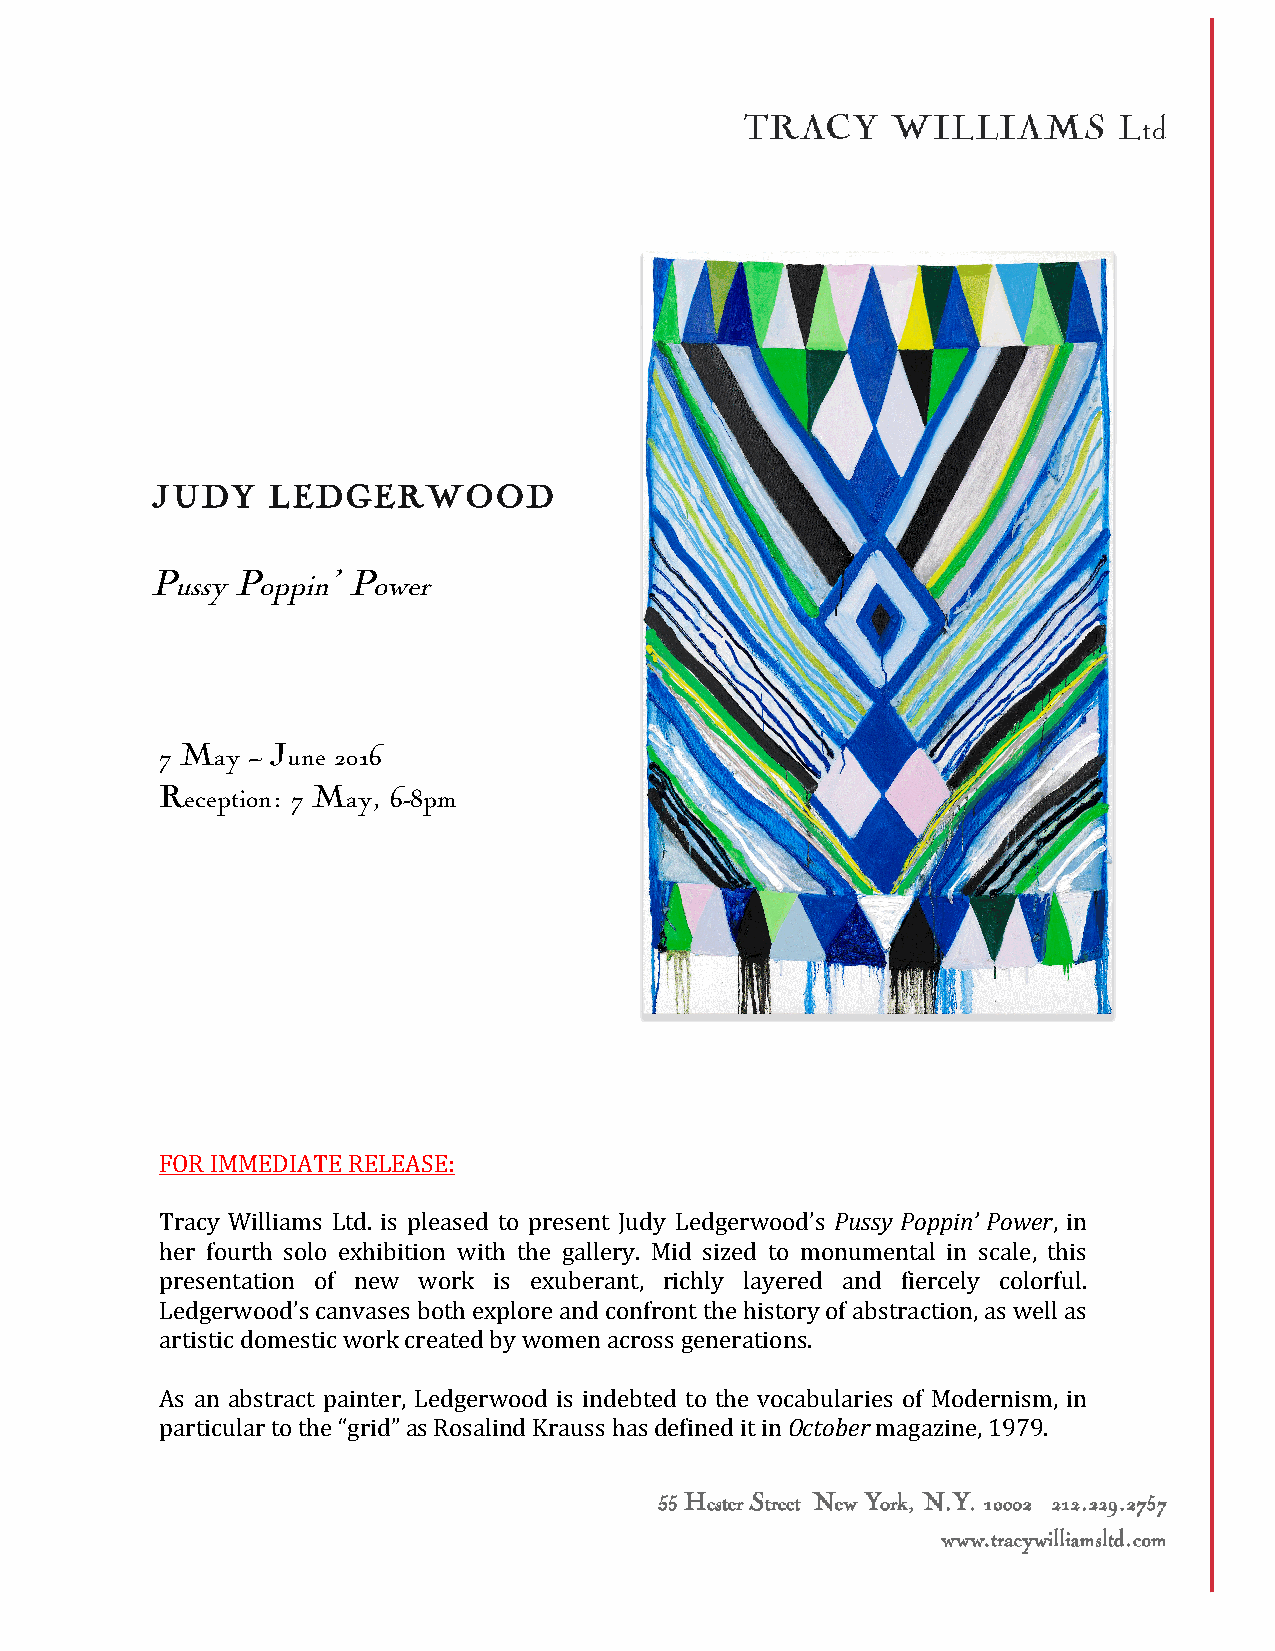
JUDY    LEDGERWOOD
 Pussy Poppin’ Power
 7 May – June 2016
 Reception: 7 May, 6-8pm
 FOR IMMEDIATE RELEASE:
 Tracy Williams Ltd. is pleased to present Judy Ledgerwood’s Pussy Poppin’ Power, in
 her fourth solo exhibition with the gallery. Mid sized to monumental in scale, this
 presentation of new work is exuberant, richly layered and fiercely colorful.
 Ledgerwood’s canvases both explore and confront the history of abstraction, as well as
 artistic domestic work created by women across generations.
 As an abstract painter, Ledgerwood is indebted to the vocabularies of Modernism, in
 particular to the “grid” as Rosalind Krauss has defined it in October magazine, 1979.